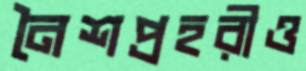
নৈশপ্রহরীও